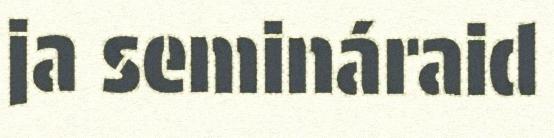
ja semináraid